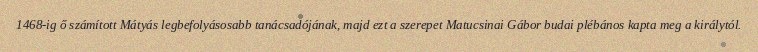
1468-ig ő számított Mátyás legbefolyásosabb tanácsadójának, majd ezt a szerepet Matucsinai Gábor budai plébános kapta meg a királytól.